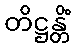
တိဋ္ဌန္တိံ